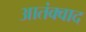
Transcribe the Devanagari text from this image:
आतंक्वाद